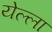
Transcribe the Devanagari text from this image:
येल्ला